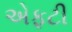
એફટી